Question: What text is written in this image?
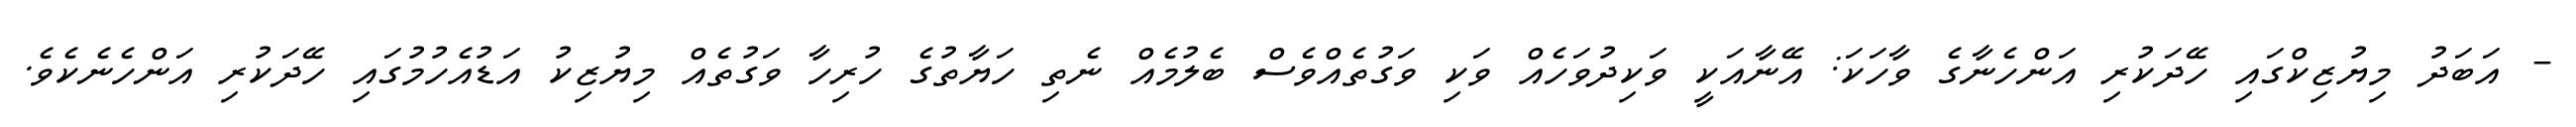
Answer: - އަބަދު މިޔުޒިކްގައި ހޭދަކުރި އަންހެނާގެ ވާހަކަ: އޭނާއަކީ ވަކިދުވަހެއް ވަކި ވަގުތެއްވެސް ބެލުމެއް ނެތި ހަޔާތުގެ ހުރިހާ ވަގުތެއް މިޔުޒިކު އަޑުއެހުމުގައި ހޭދަކުރި އަންހެނެކެވެ.